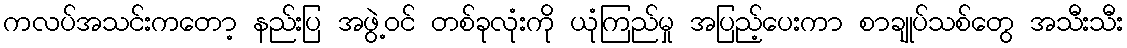
ကလပ်အသင်းကတော့ နည်းပြ အဖွဲ့ဝင် တစ်ခုလုံးကို ယုံကြည်မှု အပြည့်ပေးကာ စာချုပ်သစ်တွေ အသီးသီး